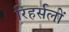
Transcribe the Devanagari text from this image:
रिहर्सलों